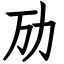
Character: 劢